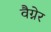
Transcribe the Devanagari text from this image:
वैग्नेर